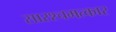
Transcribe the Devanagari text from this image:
सारश्चमत्कार